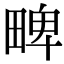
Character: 㽡